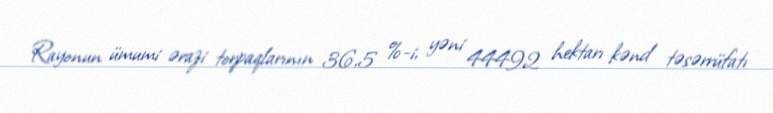
Rayonun ümumi ərazi torpaqlarının 36,5 %-i, yəni 44492 hektarı kənd təsərrüfatı